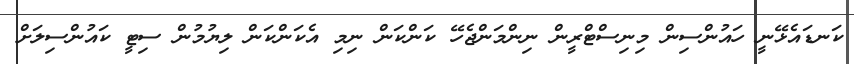
ކަނޑައެޅޭނީ ހައުންސިން މިނިސްޓްރީން ނިންމަންޖެހޭ ކަންކަން ނިމި އެކަންކަން ލިޔުމުން ސިޓީ ކައުންސިލަށް